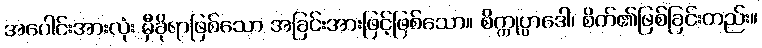
အပေါင်းအားလုံး မှီခိုရာဖြစ်သော အခြင်းအားဖြင့်ဖြစ်သော။ စိက္ကုပ္ပာဒေါ၊ စိတ်၏ဖြစ်ခြင်းတည်း။